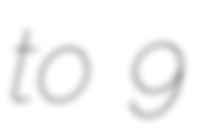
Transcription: to 9